NAE_ERA_R-2632_ENSV_TA_Emakeele_Selts_1945-1955, lk 15
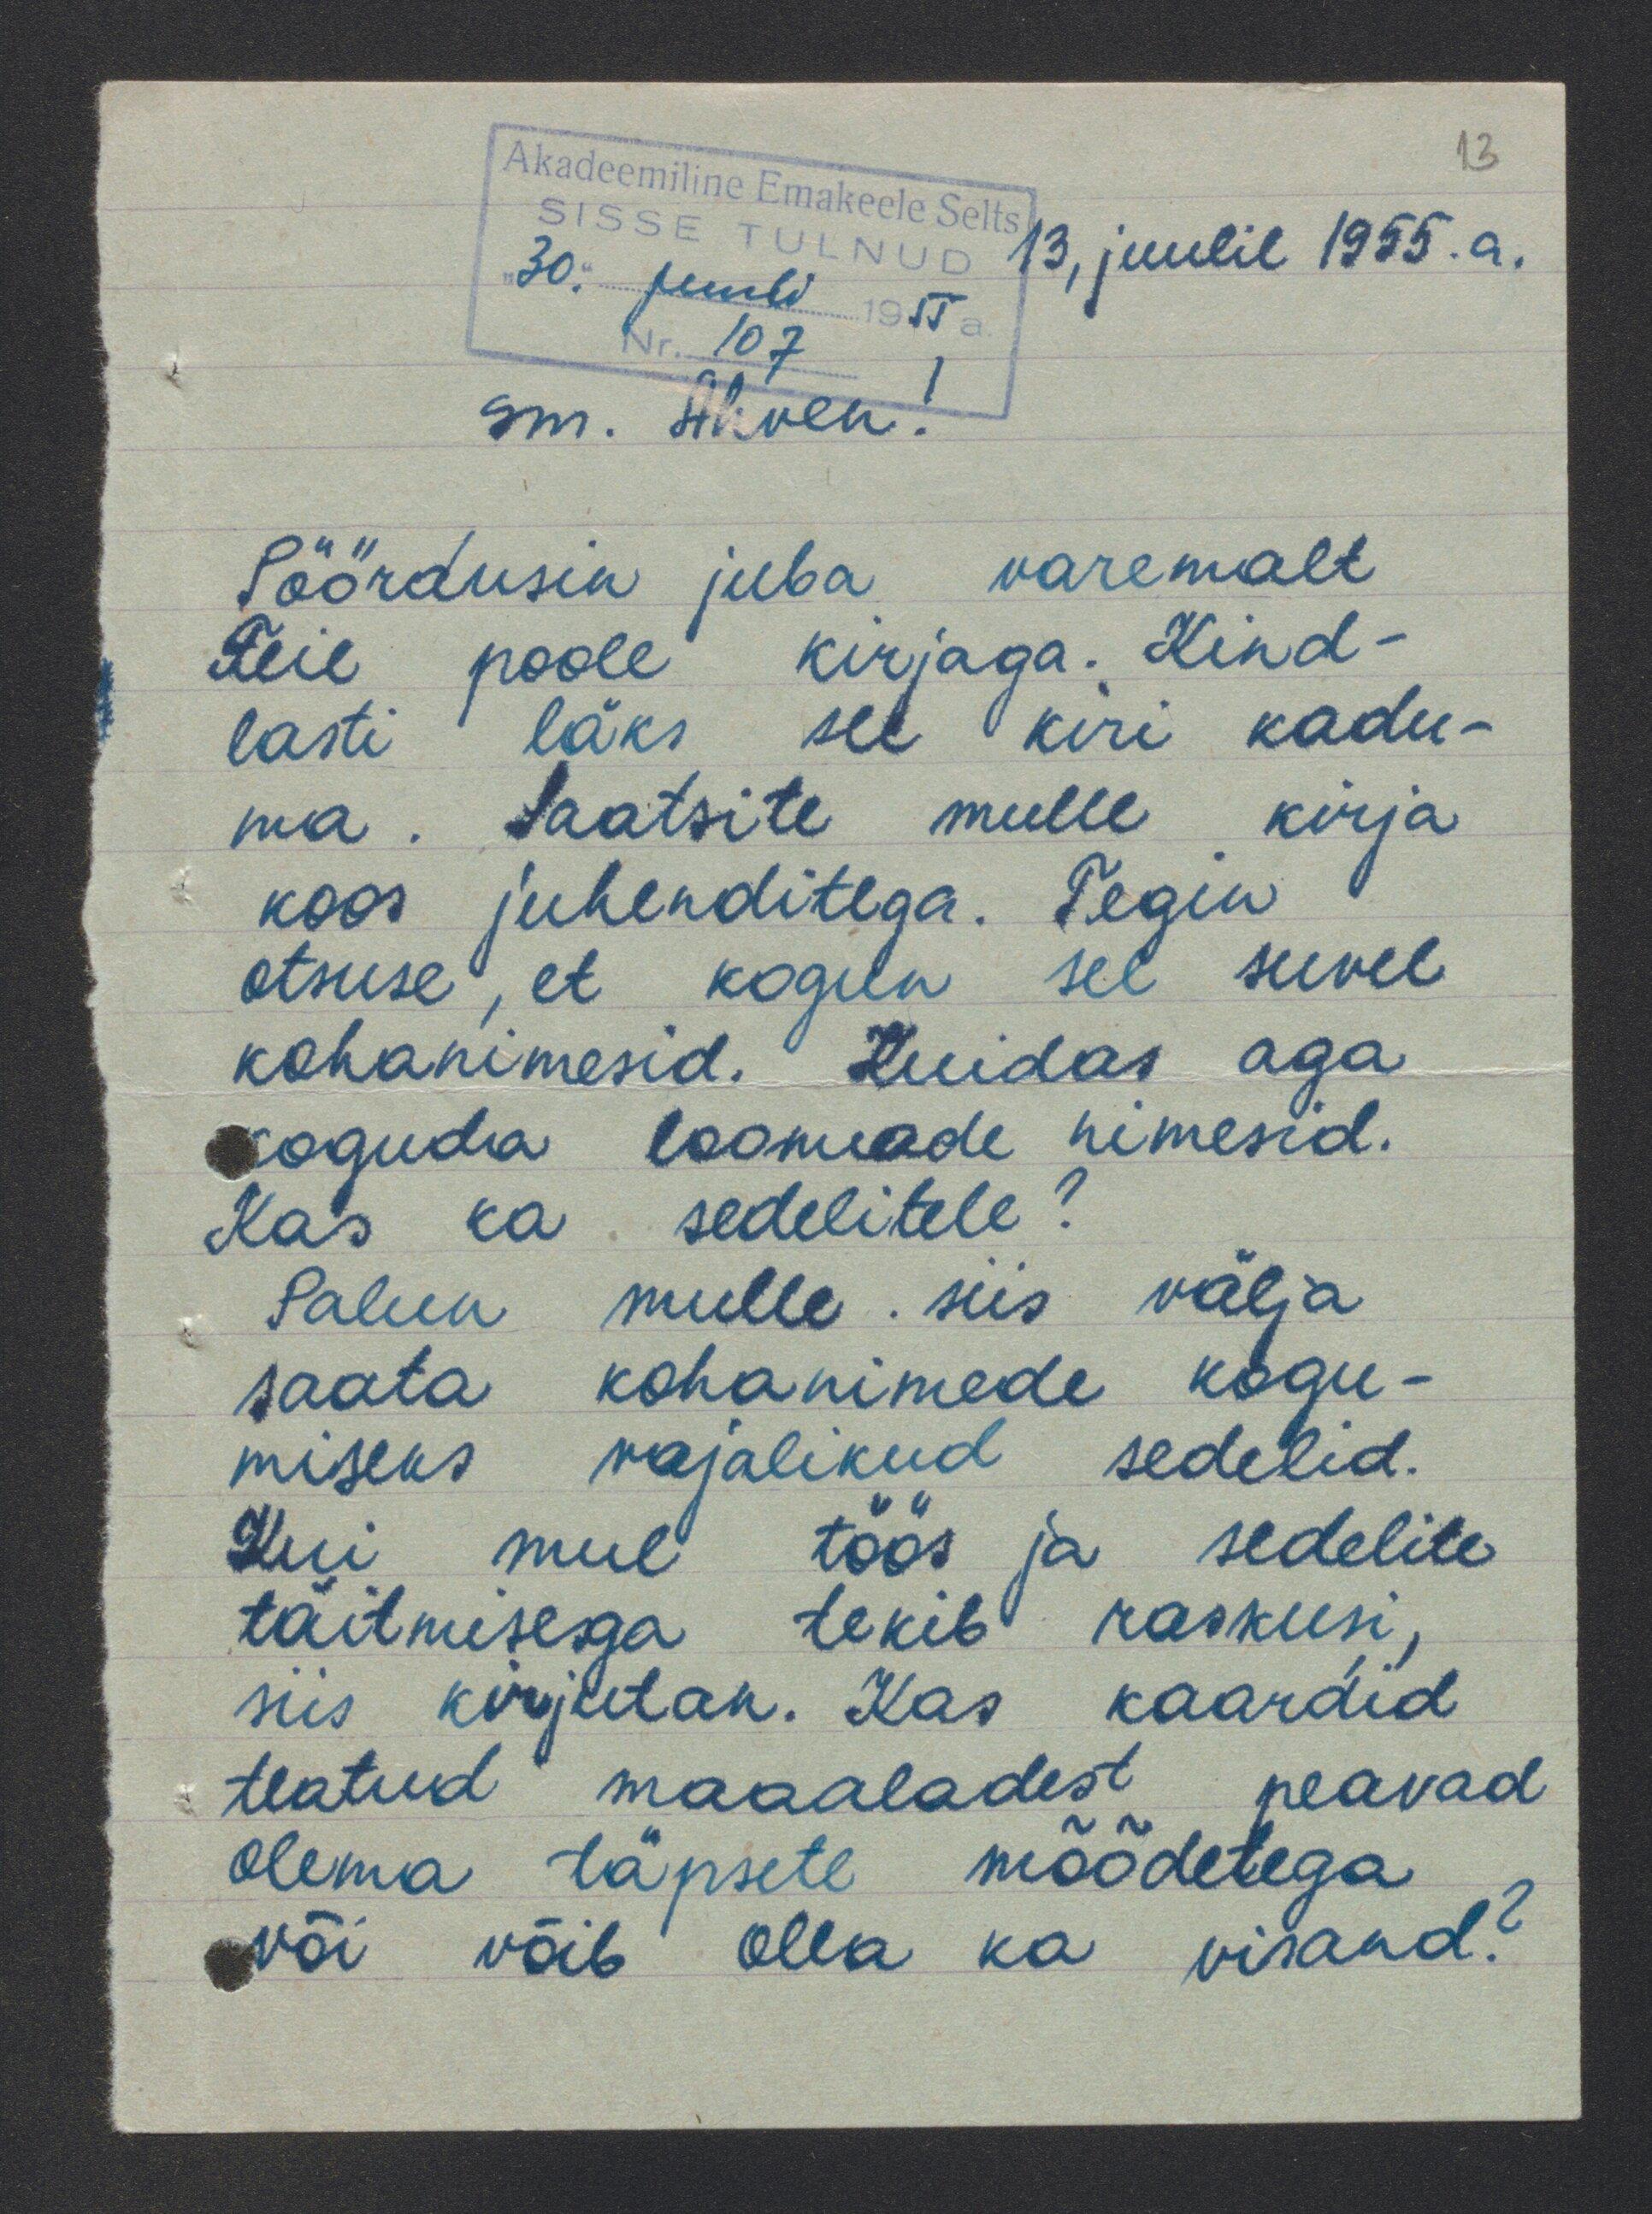
Pöördusin juba varemalt
Teie poole kirjaga. Kind
lasti läks see kiri kadu-
ma. Saatsite mulle kirja
koos juhenditega. Tegin
otsuse, et kogun sel suvel
kohanimesid. Kuidas aga
koguda loomade nimesid.
Kas ka sedelitele.
Palun mulle siis välja
saata kohanimede kogu
miseks vajalikud sedelid.
Kui mul töös ja sedelite
täitmisega tekib raskusi
siis kirjutan. Kas kaardid
teatud maaaladest peavad
olema täpsete mõõdetega
või võib olla ka visand?